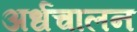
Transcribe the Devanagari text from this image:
अर्धचालन